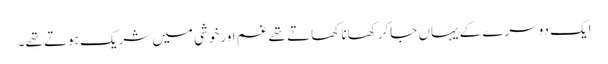
ایک دوسرے کے یہاں جاکر کھانا کھاتے تھے غم اورخوشی میں شریک ہوتے تھے۔